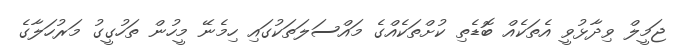
ޖަމީލް ވިދާޅުވީ އެތަކެއް ބޮޑެތި ކުށްތަކެއްގެ މައްސަލަތަކުގައި ހިމެނޭ މީހުން ތަހުގީގު މަރުހަލާގެ